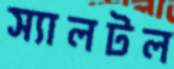
স্যালটল